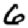
Digit: 6